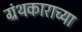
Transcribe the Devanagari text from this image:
ग्रंथकाराच्या